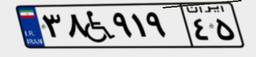
۳۸W۹۱۹۴۵